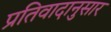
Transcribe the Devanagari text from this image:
प्रतिवादानुसार